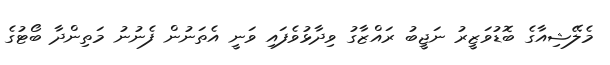
މެލޭޝިއާގެ ބޮޑުވަޒީރު ނަޖީބު ރައްޒާގު ވިދާޅުވެފައި ވަނީ އެތަނުން ފެނުނު މަތިންދާ ބޯޓުގެ